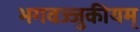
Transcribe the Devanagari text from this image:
भगवज्जुकीयम्‌